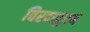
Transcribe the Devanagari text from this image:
विरदापुरम